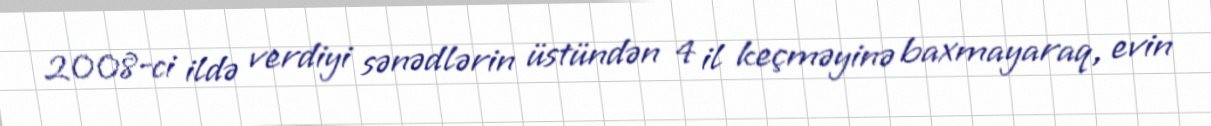
2008-ci ildə verdiyi sənədlərin üstündən 4 il keçməyinə baxmayaraq, evin